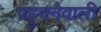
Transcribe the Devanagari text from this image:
पहुंचनेवाली